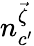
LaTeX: n_{c^{\prime}}^{\vec{\zeta}}